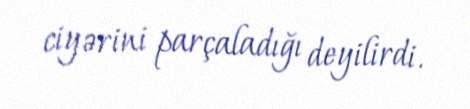
ciyərini parçaladığı deyilirdi.